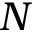
N